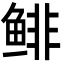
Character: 鲱